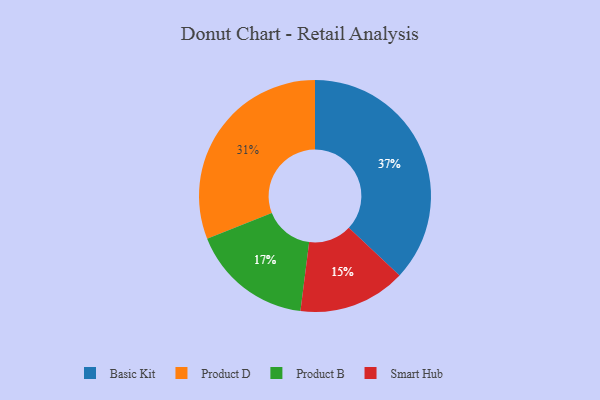
{"axis": {"x": "Category", "y": "Percentage"}, "legend": ["Basic Kit", "Product B", "Product D", "Smart Hub"], "data": [{"x": "Product D", "y": 31, "type": "Product D"}, {"x": "Smart Hub", "y": 15, "type": "Smart Hub"}, {"x": "Basic Kit", "y": 37, "type": "Basic Kit"}, {"x": "Product B", "y": 17, "type": "Product B"}]}